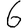
Digit: 6